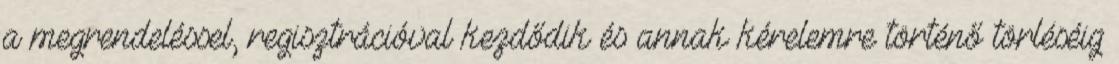
a megrendeléssel, regisztrációval kezdődik és annak kérelemre történő törléséig